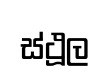
ස්ථූල